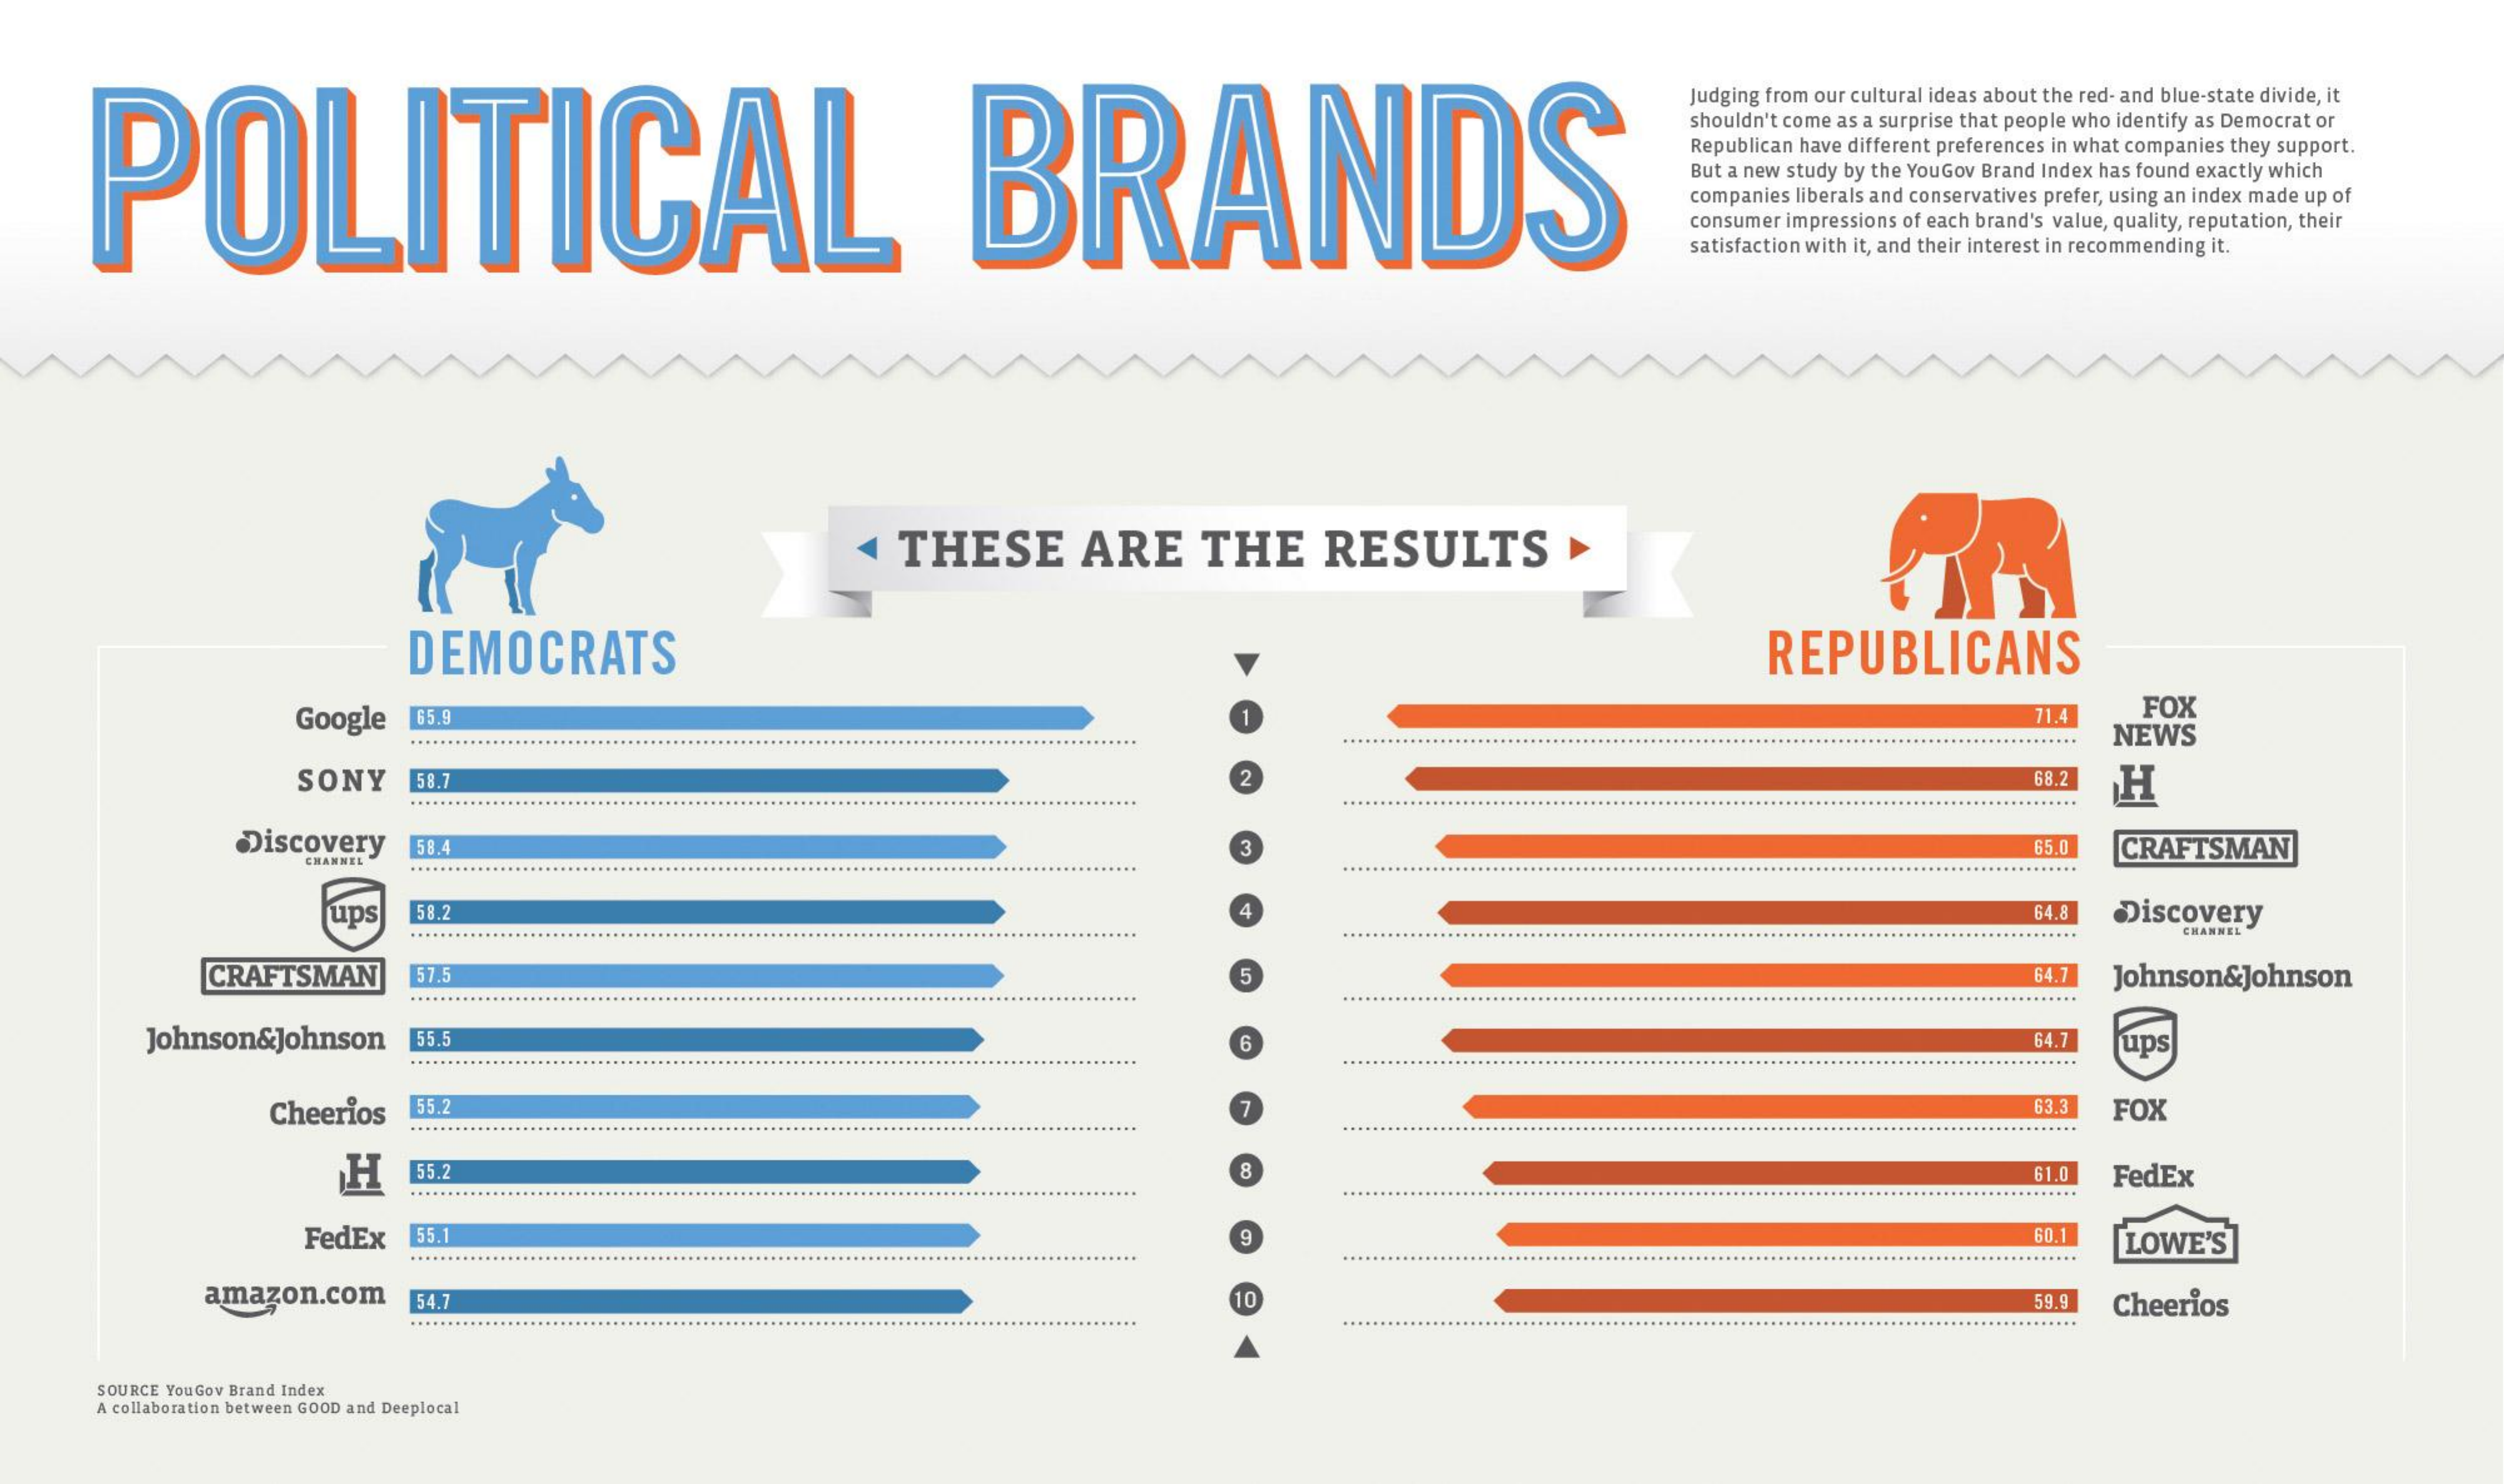
POLITICAL    BRANDS
     Judging from our cultural ideas about the red- and blue-state divide, it
     shouldn't come as a surprise that people who identify as Democrat or
     Republican have different preferences in what companies they support.
     But a new study by the YouGov Brand Index has found exactly which
     companies liberals and conservatives prefer, using an index made up of
     consumer impressions of each brand's value, quality, reputation, their
     satisfaction with it, and their interest in recommending it.
     THESE    ARE    THE    RESULTS
     DEMOCRATS    REPUBLICANS
     Google 65.9    71.4   FOX
     ............................................................................................... NEWS ........
     SONY   58.7    68.2 H
     .......    ...................................
     Discovery 58.4    65.0  CRAFTSMAN
     .......................................................................................
     ups  58.2    64.8 Discovery
     .........    .......  CHANNEL
     CRAFTSMAN   57.5    5    64.7 Johnson&Johnson
     .......
     Johnson&Johnson 55.5    64.7  ups
     ......
     Cheerios 55.2    63.3 FOX
     .......    ............................................................................................
     H   55.2    8    61.0 FedEx
     FedEx 55.1    9    60.1  LOWE'S
     .........    .......
     amazon.com  54.7    10    59.9 Cheerios
     SOURCE YouGov Brand Index
     A collaboration between GOOD and Deeplocal